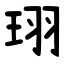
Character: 珝